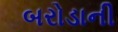
બરોડાની